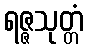
ရဇ္ဇသုတ္တံ